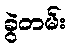
ခွဲတမ်း